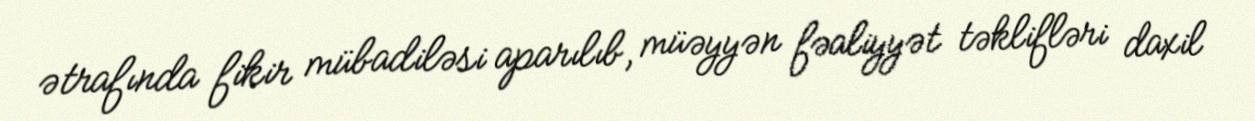
ətrafında fikir mübadiləsi aparılıb, müəyyən fəaliyyət təklifləri daxil